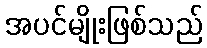
အပင်မျိုးဖြစ်သည်